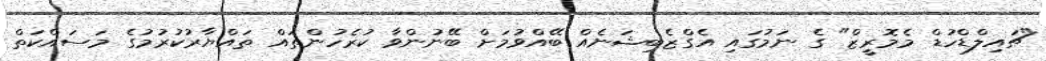
"ޗައިލްޑްހުޑް މެމޮރީޒް" ގެ ނަމުގައި އެގްޒެބިޝަނެއް ބޭއްވުމަށް ބޭނުންވާ ކުރެހުންތައް ތައްޔާރުކުރުމުގެ މަސައްކަތް